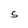
Character: S